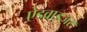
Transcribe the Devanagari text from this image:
ऐडवाइजर